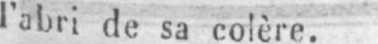
l’abri de sa colère.